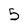
Character: 5